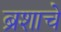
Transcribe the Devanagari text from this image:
ब्रशाचे